Sanitation, dispensaries and jails vaccination Rajputana 1922-1927 - 1922-1927
Year: 1922
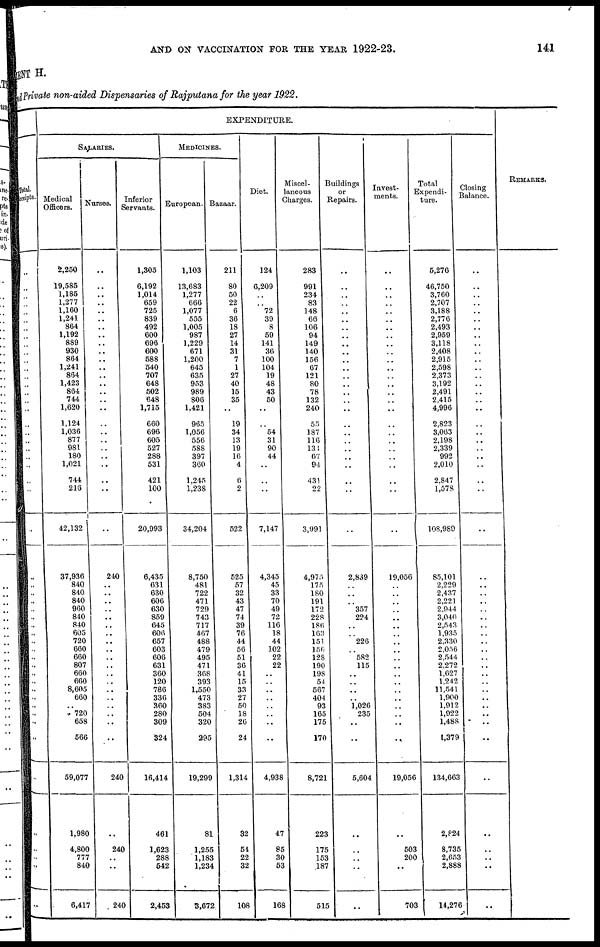
AND ON VACCINATION FOR THE YEAR 1922-23.
141
MENT H.
and Private non-aided Dispensaries of Rajputana for the year 1922.
Total.
Receipts.
..
..
..
..
..
..
..
..
..
..
..
..
..
..
..
..
..
..
..
..
..
..
..
..
..
..
..
..
..
..
..
..
..
..
..
..
..
..
..
..
..
..
..
..
..
..
..
..
..
..
..
..
EXPENDITURE.
SALARIES.
Medical
Officers.
2,250
19,585
1,185
1,277
1,160
1,241
864
1,192
889
930
864
1,241
864
1,423
864
744
1,620
1,124
1,036
877
981
180
1,021
744
216
42,132
37,936
840
840
840
960
840
840
605
720
660
660
807
660
660
8,605
660
..
720
658
566
59,077
1,980
4,800
777
840
6,417
Nurses.
..
..
..
..
..
..
..
..
..
..
..
..
..
..
..
..
..
..
..
..
..
..
..
..
..
..
240
..
..
..
..
..
..
..
..
..
..
..
..
..
..
..
..
..
..
..
240
..
240
..
..
240
Inferior
Servants.
1,305
6,192
1,014
659
725
839
492
600
696
600
588
540
707
648
502
648
1,715
660
696
605
527
288
531
421
100
20,993
6,435
631
630
606
630
859
645
606
657
603
606
631
360
120
786
336
360
280
309
324
16,414
461
1,623
288
542
2,453
MEDICINES.
European.
1,103
13,683
1,277
666
1,077
555
1,005
987
1,229
671
1,200
645
635
953
989
806
1,421
965
1,056
556
588
397
360
1,245
1,238
34,204
8,750
481
722
471
729
743
717
467
488
479
495
471
368
393
1,550
473
383
504
320
295
19,299
81
1,255
1,183
1,234
3,672
Bazaar.
211
80
50
22
6
36
18
27
14
31
7
1
27
40
15
35
..
19
34
13
19
16
4
6
2
522
525
57
32
43
47
74
39
76
44
56
51
36
41
15
33
27
50
18
26
24
1,314
32
54
22
32
108
Diet.
124
6,209
..
..
72
39
8
59
141
36
100
104
19
48
43
50
..
..
54
31
90
44
..
..
..
7,147
4,345
45
33
70
49
72
116
18
44
102
22
22
..
..
..
..
..
..
..
..
4,938
47
85
30
53
168
Miscel¬
laneous
Charges.
283
991
234
83
148
66
106
94
149
140
156
67
121
80
78
132
240
55
187
116
134
67
94
431
22
3,991
4,975
175
180
191
172
228
186
163
151
156
128
190
198
54
567
404
93
165
175
170
8,721
223
175
153
187
515
Buildings
or
Repairs.
..
..
..
..
..
..
..
..
..
..
..
..
..
..
..
..
..
..
..
..
..
..
..
..
..
..
2,839
..
..
..
357
224
..
..
226
..
582
115
..
..
..
..
1,026
235
..
..
5,604
..
..
..
..
..
Invet¬
ments.
..
..
..
..
..
..
..
..
..
..
..
..
..
..
..
..
..
..
..
..
..
..
..
..
..
..
19,056
..
..
..
..
..
..
..
..
..
..
..
..
..
..
..
..
..
..
..
19,056
..
503
200
..
703
Total
Expendi¬
ture
5,276
46,750
3,760
2,707
3,188
2,776
2,493
2,959
3,118
2,408
2,915
2,598
2,373
3,192
2,491
2,415
4,996
2,823
3,063
2,198
2,339
992
2,010
2,847
1,578
108,989
85,101
2,229
2,437
2,221
2,944
3,040
2,543
1,935
2,330
2,056
2,544
2,272
1,627
1,242
11,541
1,900
1,912
1,922
1,488
1,379
134,663
2,824
8,735
2,653
2,888
14,276
Closing
Balance.
..
..
..
..
..
..
..
..
..
..
..
..
..
..
..
..
..
..
..
..
..
..
..
..
..
..
..
..
..
..
..
..
..
..
..
..
..
..
..
..
..
..
..
..
..
..
..
..
..
..
..
..
REMARKS.